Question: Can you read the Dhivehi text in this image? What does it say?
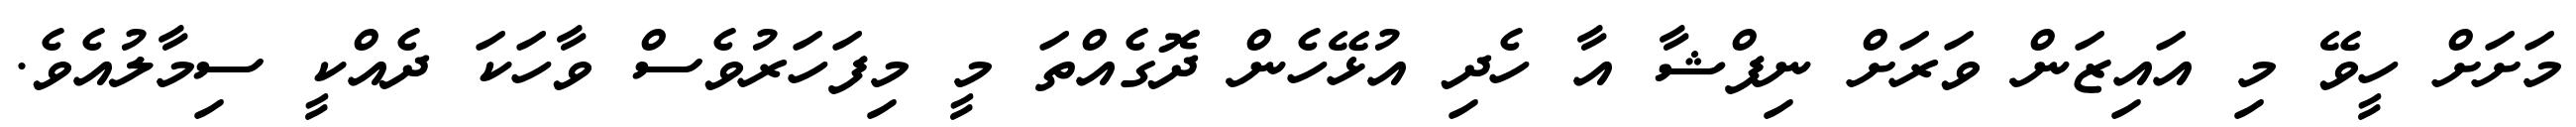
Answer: މަށަށް ހީވޭ މި އައިޒަން ވަރަށް ނިފްޝާ އާ ހެދި އުޅޭހެން ދޮގެއްތަ މީ މިފަހަރުވެސް ވާހަކަ ދެއްކީ ސިމާލުއެވެ.